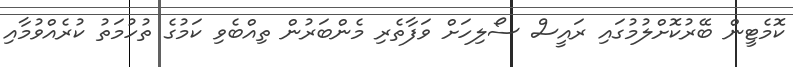
ކޮމެޓީން ބޭރުކޮށްލުމުގައި ރައީސް ސޯލިހަށް ވަފާތެރި މެންބަރުން ތިއްބެވި ކަމުގެ ތުހުމަތު ކުރެއްވުމާއި